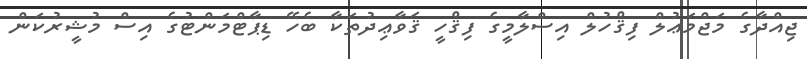
ޖިއްދާގެ މަޖްމަޢުލް ފިޤްހުލް އިސްލާމީގެ ފިޤްހީ ޤަވާޢިދުތަކާ ބެހޭ ޑިޕާޓްމަންޓުގެ އިސް މުޝީރުކަން